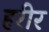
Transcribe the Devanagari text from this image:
हरीर